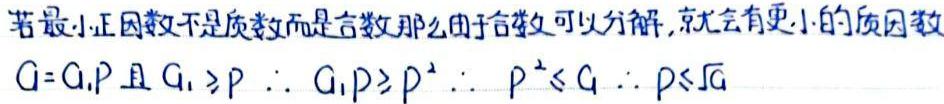
若最小正因数不是质数而是合数那么由于合数又可以分解, 就会有更小的质因数
$a = a_{1}p$且$a_{1}\geqslant p$ $\therefore a_{1}p\geqslant p^{2}$ $\therefore p^{2}\leqslant a$ $\therefore p\leqslant\sqrt{a}$